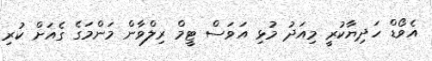
އެވޯޑް ހަދިޔާކުރީ މިއަދު މުޅި އަވަސް ޓީމް ރިލްވާން މަންމަގެ ގެއަށް ކުރި